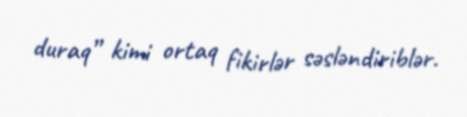
duraq” kimi ortaq fikirlər səsləndiriblər.